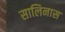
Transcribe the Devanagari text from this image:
सालिनास